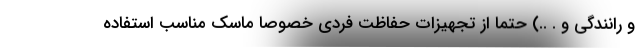
و رانندگی و . ..) حتما از تجهیزات حفاظت فردی خصوصا ماسک مناسب استفاده